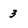
Character: 3